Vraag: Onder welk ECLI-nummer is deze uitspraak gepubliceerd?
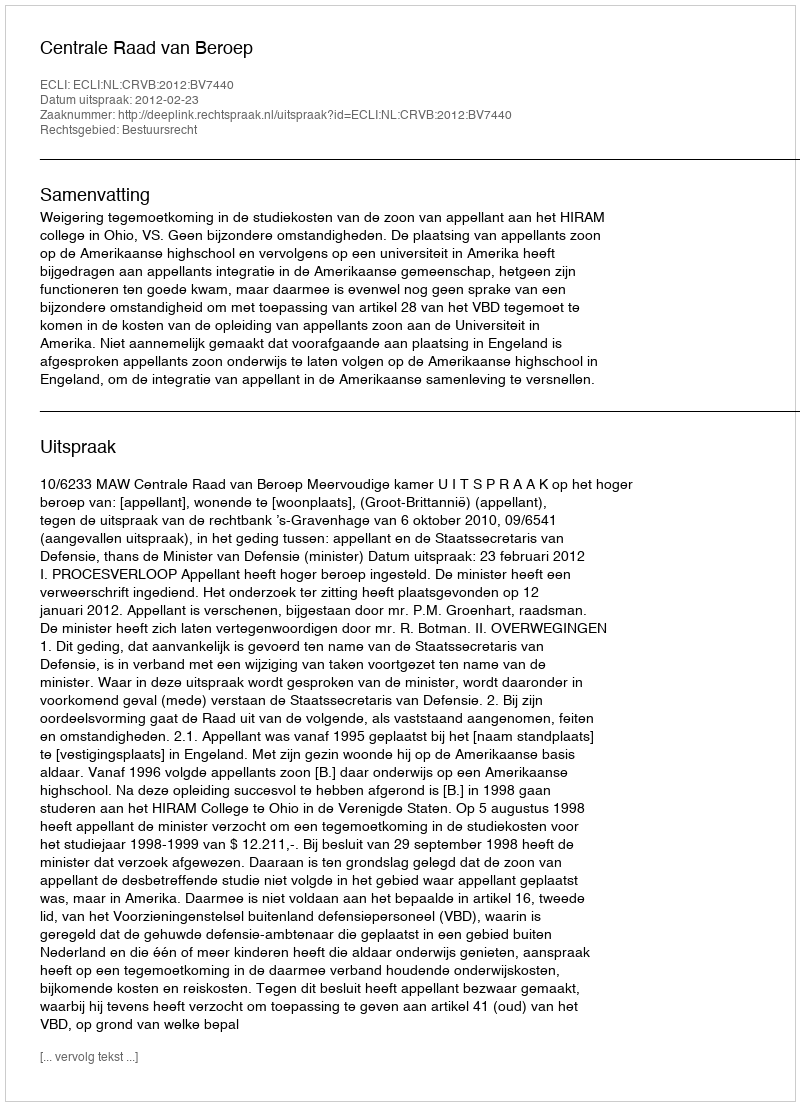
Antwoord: ECLI:NL:CRVB:2012:BV7440